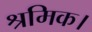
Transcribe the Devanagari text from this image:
श्रमिक।